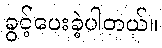
ခွင့်ပေးခဲ့ပါတယ်။